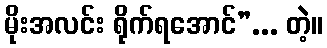
မိုးအလင်း ရိုက်ရအောင်”... တဲ့။